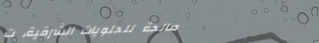
صالحة للحلويات الشرقية، ت